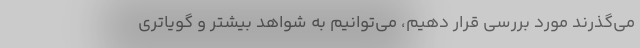
می‌گذرند مورد بررسی قرار دهیم، می‌توانیم به شواهد بیشتر و گویاتری